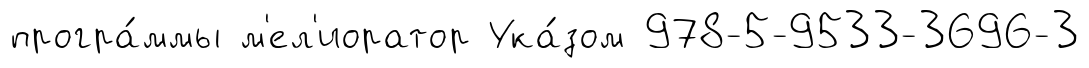
програ́ммы м'ел'иоратор Ука́зом 978-5-9533-3696-3